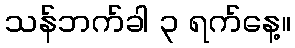
သန်ဘက်ခါ ၃ ရက်နေ့။